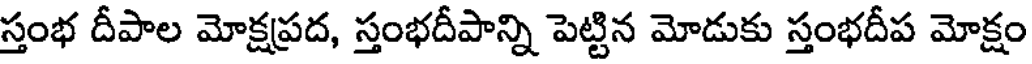
స్తంభ దీపాల మోక్షప్రద, స్తంభదీపాన్ని పెట్టిన మోడుకు స్తంభదీప మోక్షం